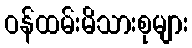
ဝန်ထမ်းမိသားစုများ